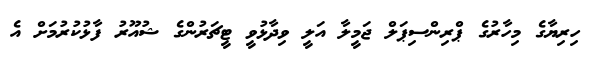
ހިރިޔާގެ މިހާރުގެ ޕްރިންސިޕަލް ޖަމީލާ އަލީ ވިދާޅުވީ ޓީޗަރުންގެ ޝުއޫރު ފާޅުކުރުމަށް އެ